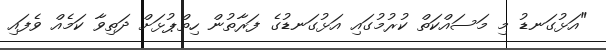
"އަޅުގަނޑު މި މަސައްކަތް ކުރުމުގައި އަޅުގަނޑުގެ ފަރާތުން ހިތްޕުޅަށް ދަތިވާ ކަމެއް ވެފައި